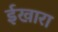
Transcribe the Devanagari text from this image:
ईखारा